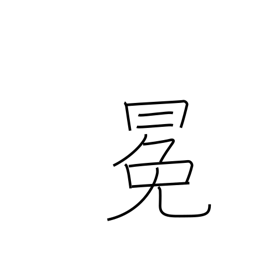
Meaning: crown